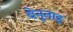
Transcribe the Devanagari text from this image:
वेनूताइ